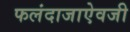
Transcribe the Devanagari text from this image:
फलंदाजाऐवजी